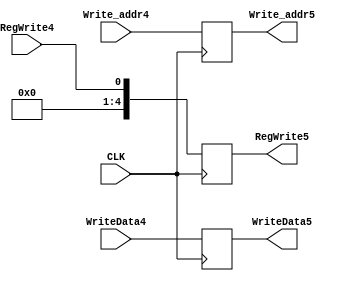
module Fourth_Pipe(
		/*CLK*/
		input wire CLK,

		/*Write Data*/
		input wire [31:0] WriteData4,
		input wire [4:0] Write_addr4,

		/*control*/
		input wire RegWrite4,

		output reg [31:0] WriteData5,
		output reg [4:0] Write_addr5,
		output reg [4:0] RegWrite5

	);

always @(posedge CLK)
begin
	WriteData5 <= WriteData4;
	Write_addr5 <= Write_addr4;
	RegWrite5 <= RegWrite4;
end


endmodule